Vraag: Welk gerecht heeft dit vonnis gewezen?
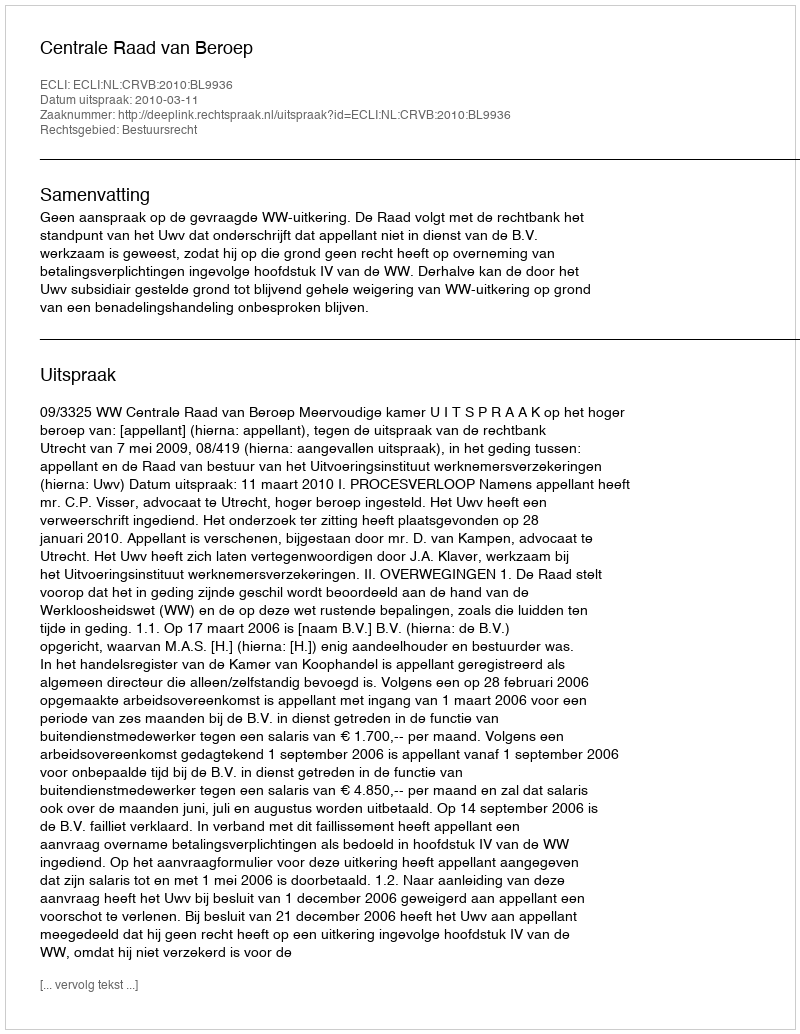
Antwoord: Centrale Raad van Beroep